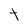
Character: t